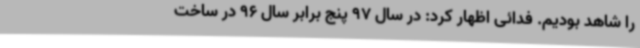
را شاهد بودیم. فدائی اظهار کرد: در سال 97 پنج برابر سال 96 در ساخت